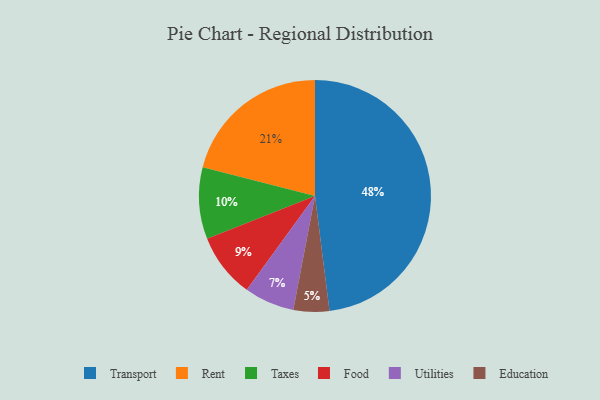
{"axis": {"x": "Category", "y": "Percentage"}, "legend": ["Education", "Food", "Rent", "Taxes", "Transport", "Utilities"], "data": [{"x": "Rent", "y": 21, "type": "Rent"}, {"x": "Transport", "y": 48, "type": "Transport"}, {"x": "Food", "y": 9, "type": "Food"}, {"x": "Education", "y": 5, "type": "Education"}, {"x": "Utilities", "y": 7, "type": "Utilities"}, {"x": "Taxes", "y": 10, "type": "Taxes"}]}